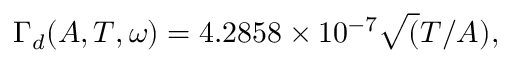
\Gamma _ { d } ( A , T , \omega ) = 4 . 2 8 5 8 \times 1 0 ^ { - 7 } \sqrt ( T / A ) ,